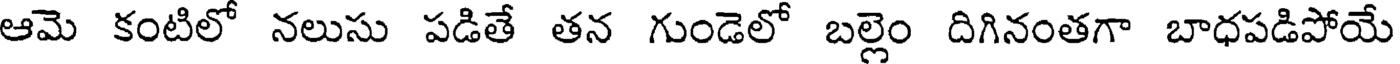
ఆమె కంటిలో నలుసు పడితే తన గుండెలో బల్లెం దిగినంతగా బాధపడిపోయే